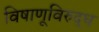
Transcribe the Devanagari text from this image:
विषाणूविरुद्ध